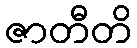
ဇာတီတိ